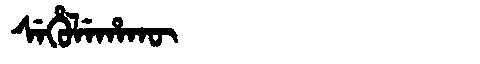
Manchu: ᠰᡝᡥᡠᠯᡝᡥᠠᡴᡡ
Romanization: SEHULEHAKŪ